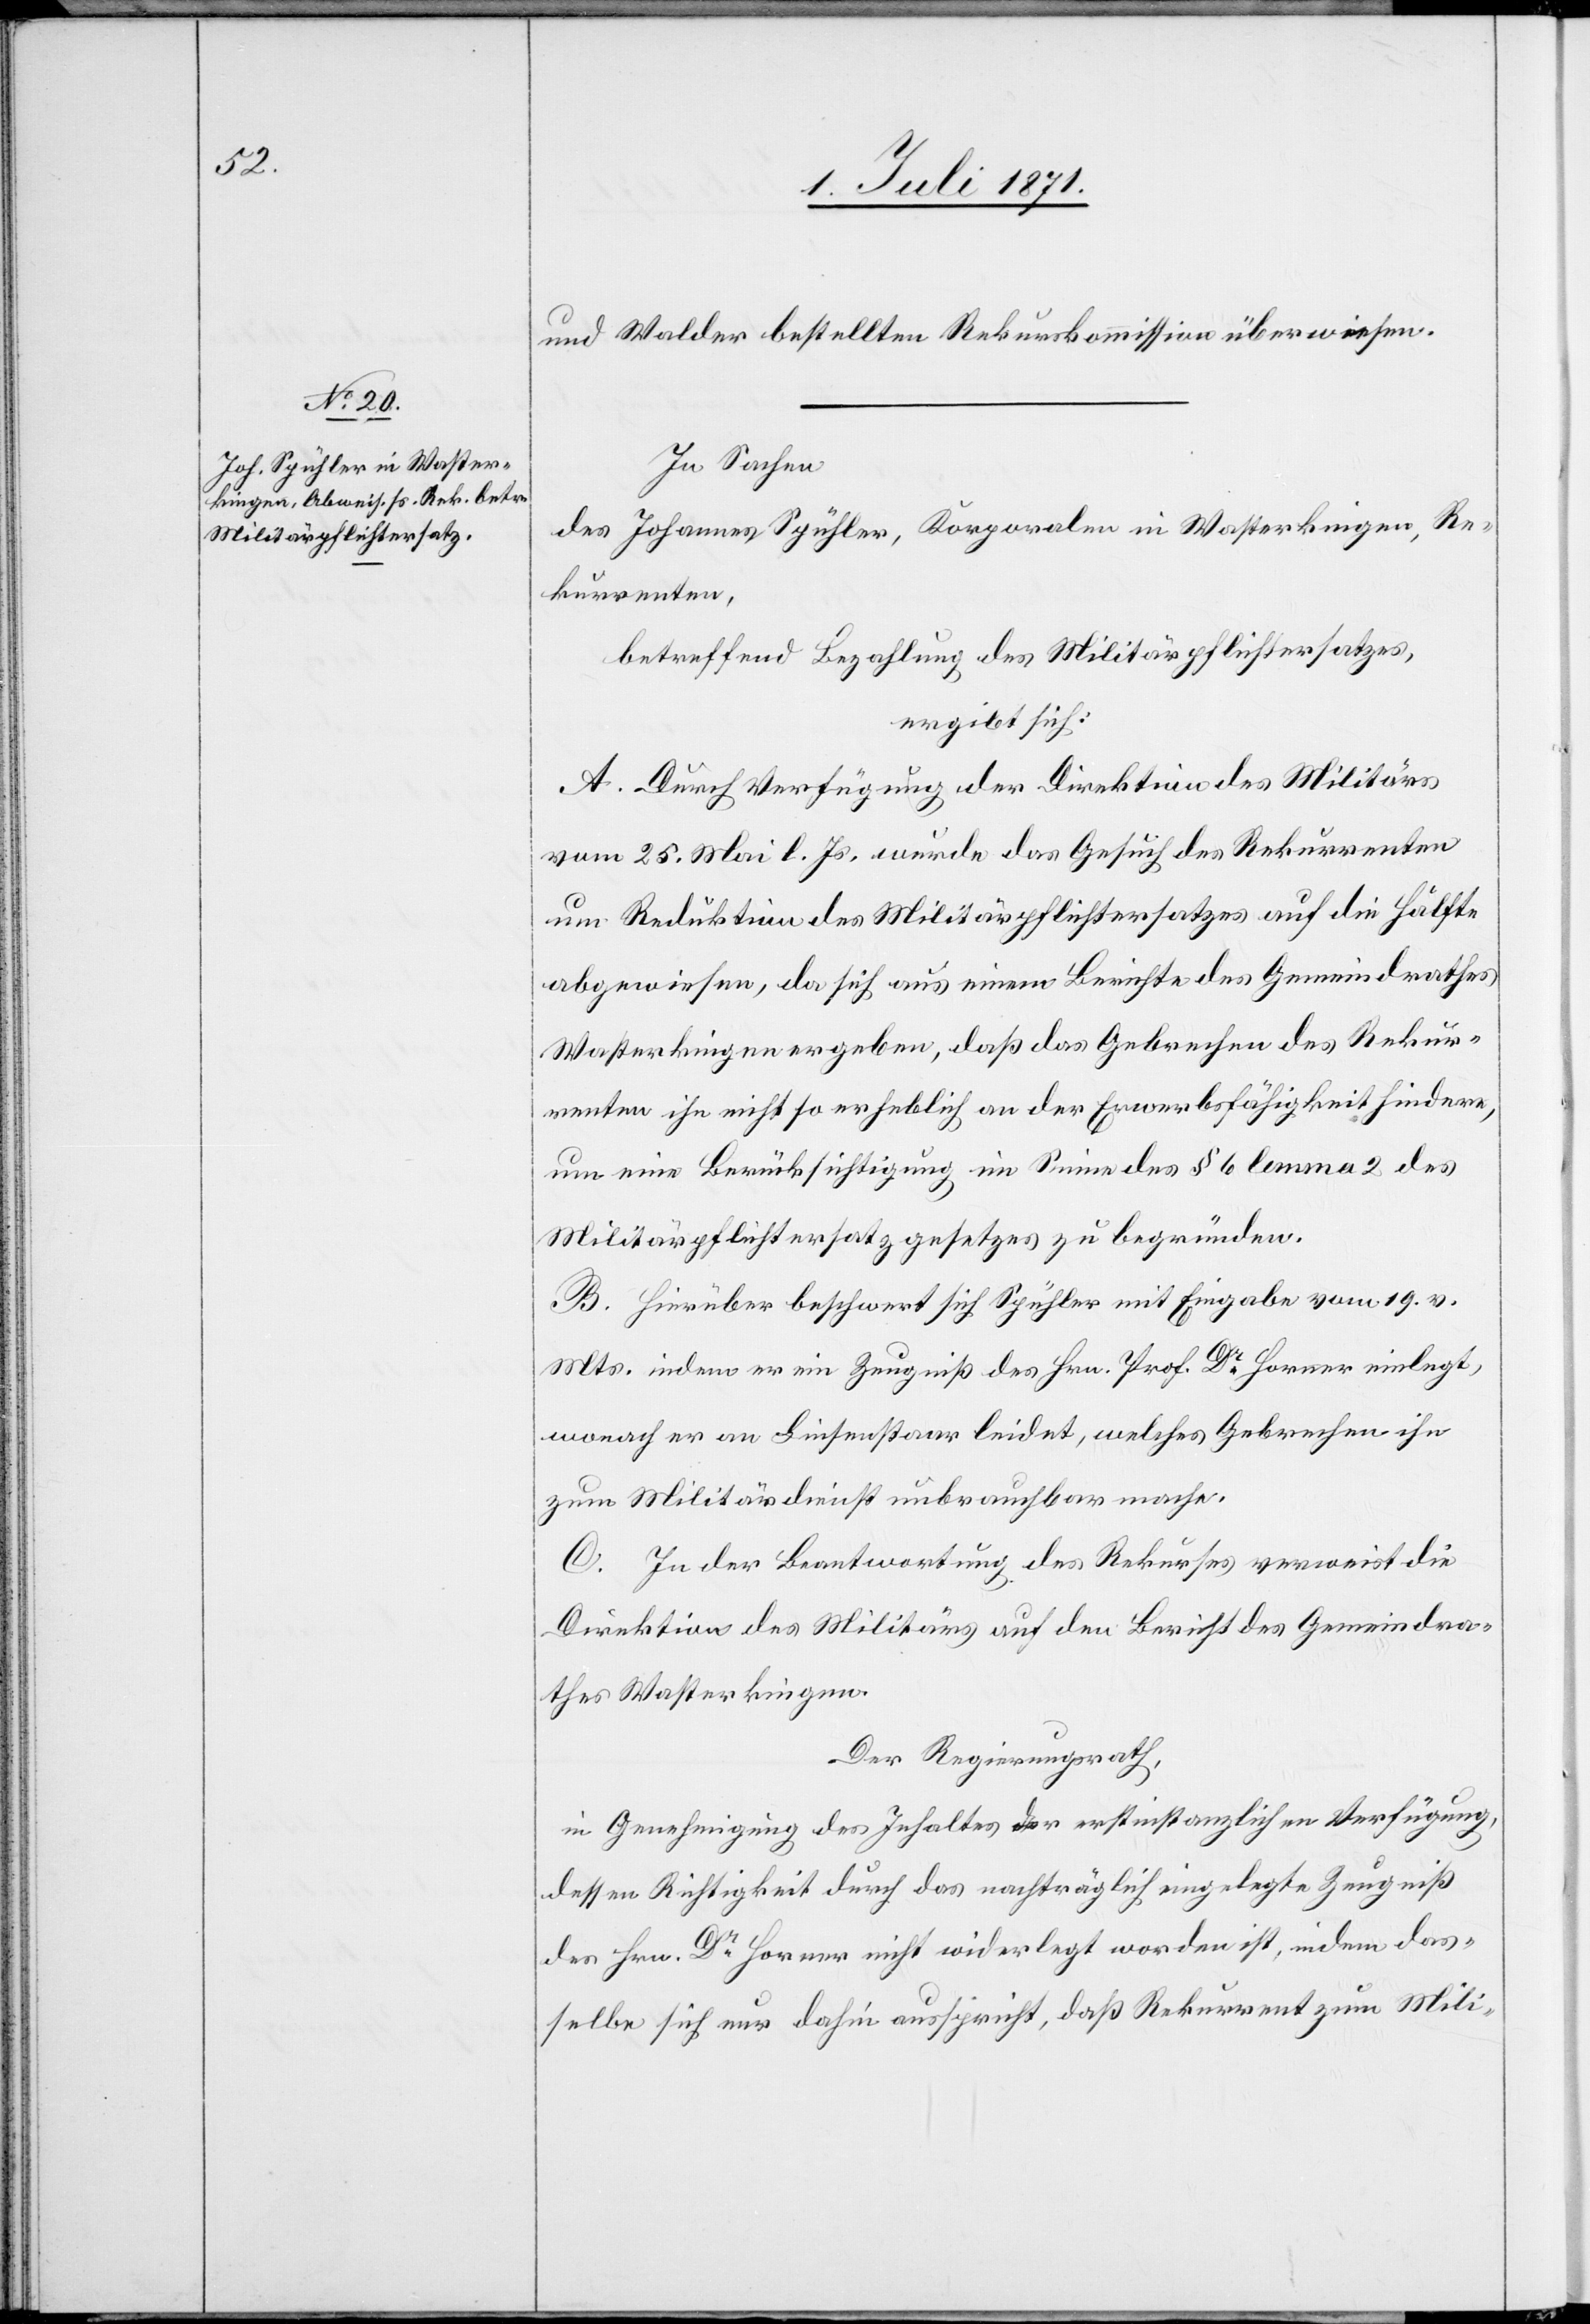
und Walder bestellten Rekurskommission überwiesen.
In Sachen
des Johannes Spühler, Korporalen in Wasterkingen, Re¬
kurrenten,
betreffend Bezahlung des Militärpflichtersatzes,
ergibt sich:
A. Durch Verfügung der Direktion des Militärs
vom 25. Mai l. Js. wurde das Gesuch des Rekurrenten
um Reduktion des Militärpflichtersatzes auf die Hälfte
abgewiesen, da sich aus einem Berichte des Gemeindrathes
Wasterkingen ergebe, daß das Gebrechen des Rekur¬
renten ihn nicht so erheblich an der Erwerbsfähigkeit hindere,
um eine Berücksichtigung im Sinne des § 6 lemma 2 des
Militärpflichtersatzgesetzes zu begründen.
B. Hierüber beschwert sich Spühler mit Eingabe vom 19. v.
Mts. indem er ein Zeugniß des Hrn. Prof. Dr. Horner einlegt,
wonach er an Linsenstaar leidet, welches Gebrechen ihn
zum Militärdienst unbrauchbar mache.
C. In der Beantwortung des Rekurses verweist die
Direktion des Militärs auf den Bericht des Gemeindra¬
thes Wasterkingen.
Der Regierungsrath,
in Genehmigung des Inhaltes der erstinstanzlichen Verfügung,
dessen Richtigkeit durch das nachträglich eingelegte Zeugniß
des Hrn. Dr. Horner nicht widerlegt worden ist, indem das¬
selbe sich nur dahin ausspricht, daß Rekurrent zum Mili-